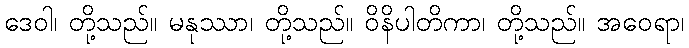
ဒေဝါ၊ တို့သည်။ မနုဿာ၊ တို့သည်။ ဝိနိပါတိကာ၊ တို့သည်။ အဝေရာ၊